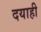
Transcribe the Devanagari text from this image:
दयाही